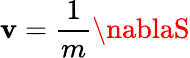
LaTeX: \mathbf{v}=\frac{{1}}{{m}}\nablaS